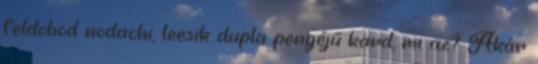
feldobod nodachi, leesik dupla pengéjű kard, mi az? Akár